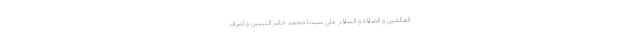
العالمین و الصّلاة‌ و السّلام علی سیّدنا محمّد خاتم النّبیّین و اشرف